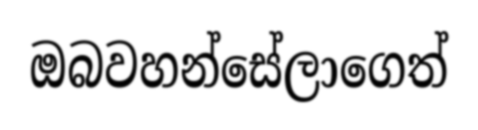
ඔබවහන්සේලාගෙත්